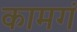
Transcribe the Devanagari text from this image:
कामगं